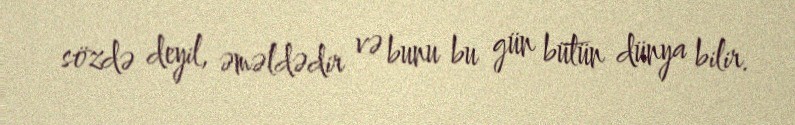
sözdə deyil, əməldədir və bunu bu gün bütün dünya bilir.